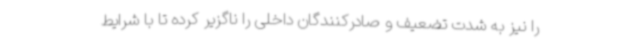
را نیز به شدت تضعیف و صادرکنندگان داخلی را ناگزیر کرده تا با شرایط